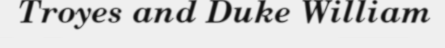
Troyes and Duke William